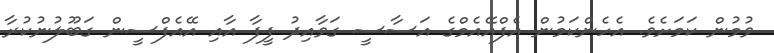
ވުމުން ކަމަށެވެ. އެެހެންކަމުން އެފްއޭއެމްގެ އަސާސީ ގަވާއިދު ފީފާ އާއި އޭއެފްސީން ގަބޫލުނުކުރާ